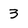
Character: 3